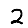
Digit: 2